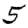
Digit: 5